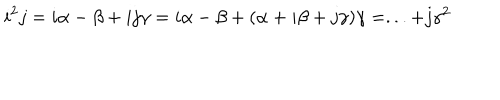
LaTeX: i ^ { 2 } j = i \alpha - \beta + i j \gamma = i \alpha - \beta + ( \alpha + i \beta + j \gamma ) \gamma = . . . + j \gamma ^ { 2 }